Civil Veterinary Department. United Provinces 1932-42 - 1932-1942
Year: 1932
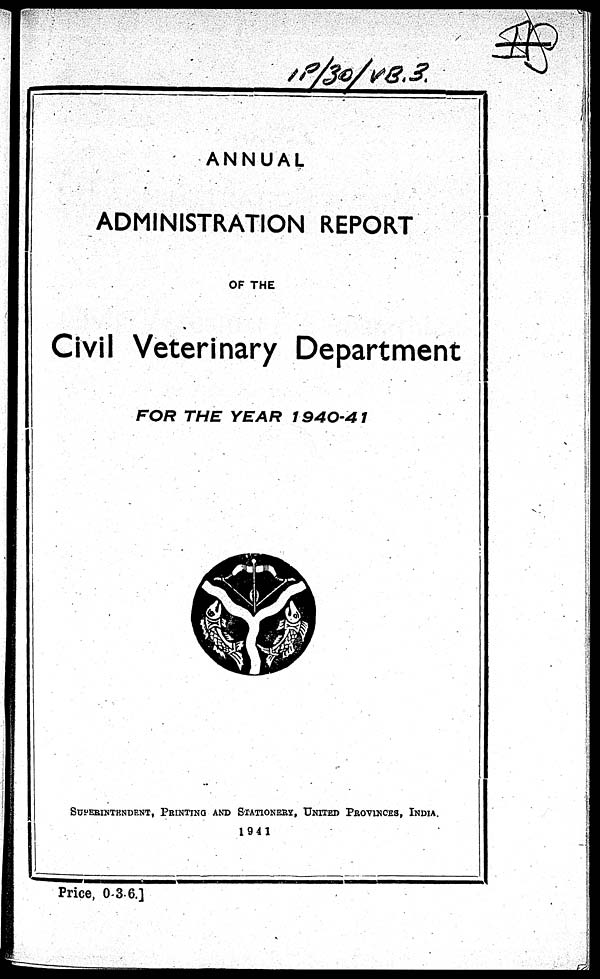
ANNUAL
ADMINISTRATION REPORT
OF THE
Civil Veterinary Department
FOR THE YEAR
1940-41
SUPERINTENDENT, PRINTING AND STATIONERY, UNITED PROVINCES, INDIA.
1941
Price, 0 3.6.]